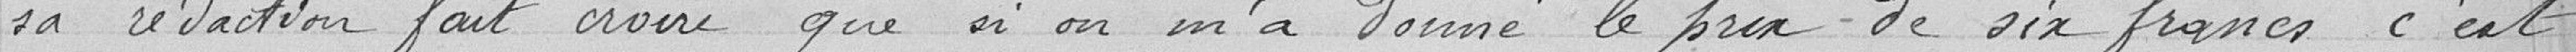
sa rédaction fait croire que si on m'a donné le prix de six francs c'est